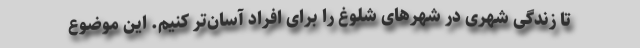
تا زندگی شهری در شهرهای شلوغ را برای افراد آسان‌تر کنیم. این موضوع